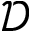
\mathcal { D }